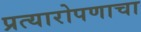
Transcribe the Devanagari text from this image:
प्रत्यारोपणाचा